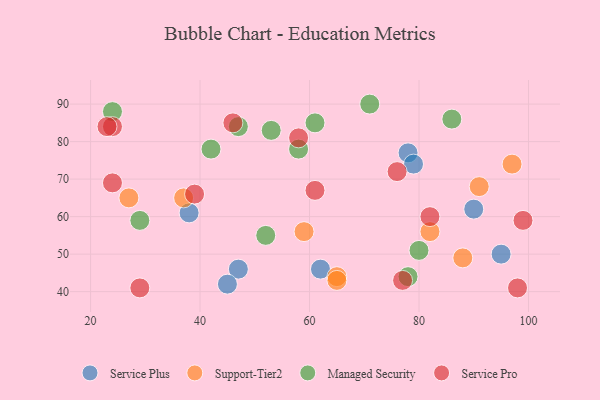
{"axis": {"x": "GDP", "y": "Life Expectancy"}, "legend": ["Managed Security", "Service Plus", "Service Pro", "Support-Tier2"], "data": [{"x": "78", "y": 77, "type": "Service Plus"}, {"x": "90", "y": 62, "type": "Service Plus"}, {"x": "38", "y": 61, "type": "Service Plus"}, {"x": "47", "y": 46, "type": "Service Plus"}, {"x": "79", "y": 74, "type": "Service Plus"}, {"x": "95", "y": 50, "type": "Service Plus"}, {"x": "62", "y": 46, "type": "Service Plus"}, {"x": "45", "y": 42, "type": "Service Plus"}, {"x": "65", "y": 44, "type": "Support-Tier2"}, {"x": "65", "y": 43, "type": "Support-Tier2"}, {"x": "91", "y": 68, "type": "Support-Tier2"}, {"x": "97", "y": 74, "type": "Support-Tier2"}, {"x": "59", "y": 56, "type": "Support-Tier2"}, {"x": "37", "y": 65, "type": "Support-Tier2"}, {"x": "88", "y": 49, "type": "Support-Tier2"}, {"x": "27", "y": 65, "type": "Support-Tier2"}, {"x": "82", "y": 56, "type": "Support-Tier2"}, {"x": "42", "y": 78, "type": "Managed Security"}, {"x": "53", "y": 83, "type": "Managed Security"}, {"x": "80", "y": 51, "type": "Managed Security"}, {"x": "58", "y": 78, "type": "Managed Security"}, {"x": "71", "y": 90, "type": "Managed Security"}, {"x": "47", "y": 84, "type": "Managed Security"}, {"x": "29", "y": 59, "type": "Managed Security"}, {"x": "61", "y": 85, "type": "Managed Security"}, {"x": "24", "y": 88, "type": "Managed Security"}, {"x": "78", "y": 44, "type": "Managed Security"}, {"x": "52", "y": 55, "type": "Managed Security"}, {"x": "86", "y": 86, "type": "Managed Security"}, {"x": "82", "y": 60, "type": "Service Pro"}, {"x": "24", "y": 69, "type": "Service Pro"}, {"x": "76", "y": 72, "type": "Service Pro"}, {"x": "58", "y": 81, "type": "Service Pro"}, {"x": "29", "y": 41, "type": "Service Pro"}, {"x": "61", "y": 67, "type": "Service Pro"}, {"x": "99", "y": 59, "type": "Service Pro"}, {"x": "98", "y": 41, "type": "Service Pro"}, {"x": "24", "y": 84, "type": "Service Pro"}, {"x": "39", "y": 66, "type": "Service Pro"}, {"x": "77", "y": 43, "type": "Service Pro"}, {"x": "23", "y": 84, "type": "Service Pro"}, {"x": "46", "y": 85, "type": "Service Pro"}]}